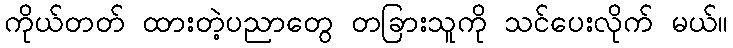
ကိုယ်တတ် ထားတဲ့ပညာတွေ တခြားသူကို သင်ပေးလိုက် မယ်။